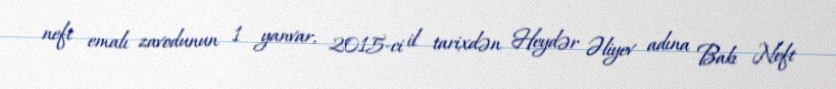
neft emalı zavodunun 1 yanvar, 2015-ci il tarixdən Heydər Əliyev adına Bakı Neft